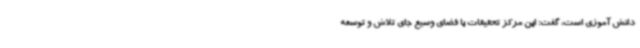
دانش آموزی است، گفت: این مرکز تحقیقات با فضای وسیع جای تلاش و توسعه